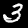
Label: 3